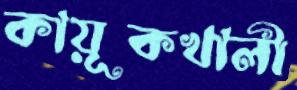
কায়ূকখালী